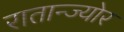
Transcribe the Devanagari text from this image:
रातान्ज्योर